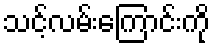
သင့်လမ်းကြောင်းကို